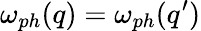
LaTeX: \omega_{ph}(q)=\omega_{ph}(q^{\prime})